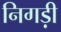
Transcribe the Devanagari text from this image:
निगड़ी